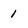
Character: 1